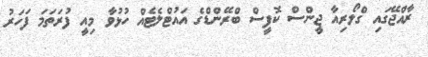
ރާއްޖޭގައި ގްލޯރިއާ ޖީންސް ކޮފީސް ބްރޭންޑްގެ އައުޓްލެޓެއް ހުޅުވާ މިއީ ފުރަތަަމަ ފަހަރު